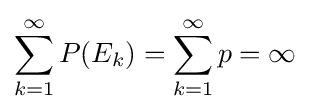
\sum _{k=1}^{\infty }P(E_{k})=\sum _{k=1}^{\infty }p=\infty